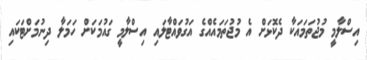
އިސްލާމީ މުޖުތަމައަކާ ދެކޮޅަށް އެ މުޖުތަމައެއްގެ އަގުވައްޓާލައި އިސްލާމީ ގައުމަކަށް ހަމަލާ ދިނުމަށްޓަކައި